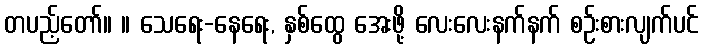
တပည့်တော်။ ။ သေရေး-နေရေး, နှစ်ထွေ အေးဖို့ လေးလေးနက်နက် စဉ်းစားလျက်ပင်